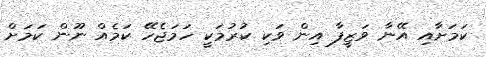
ކަމަށާއި އޭނާ ވަޒީފާ އިން ވަކި ކުރުމަކީ ހަމަޖެހޭ ކަމެއް ނޫން ކަމަށް